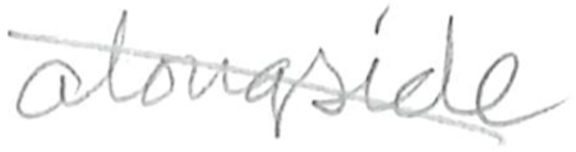
Text: alongside
Cross-out: diagonal
Writing tool: pencil